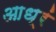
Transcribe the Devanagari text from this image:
आध्रं